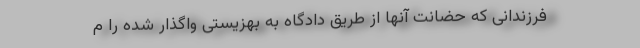
فرزندانی که حضانت آنها از طریق دادگاه به بهزیستی واگذار شده‌ را م